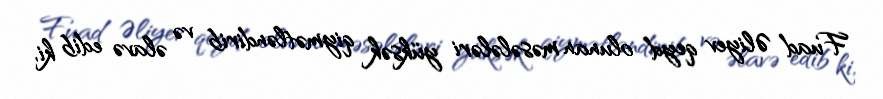
Fuad Əliyev qeyd olunan məsələləri yüksək qiymətləndirib və əlavə edib ki,